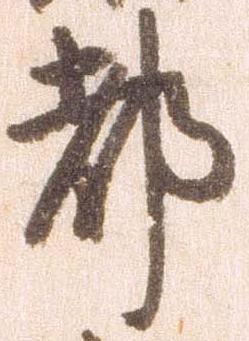
都